Lunatic asylums in Bengal annual reports 1888-1898 - 1888-1898
Year: 1888
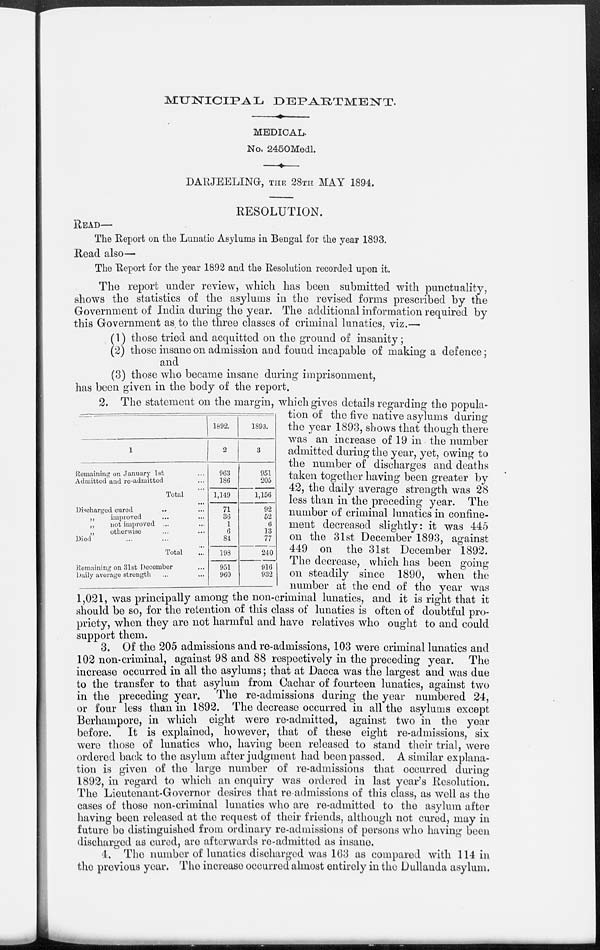
MUNICIPAL DEPARTMENT.
MEDICAL.
No. 2450Medl.
DARJEELING, THE 28TH MAY 1894.
RESOLUTION.
READ—
The Report on the Lunatic Asylums in Bengal for the year 1893.
Read also—
The Report for the year 1892 and the Resolution recorded upon it.
The report under review, which has been submitted with punctuality,
shows the statistics of the asylums in the revised forms prescribed by the
Government of India during the year. The additional information required by
this Government as to the three classes of criminal lunatics, viz.—
(1) those tried and acquitted on the ground of insanity;
(2) those insane on admission and found incapable of making a defence;
and
(3) those who became insane during imprisonment,
has been given in the body of the report.
1
Remaining on January 1st ...
Admitted and re-admitted ...
Total ...
Discharged cured ... ...
„
improved ... ...
„
not improved ... ...
„
otherwise ... ...
Died ... ... ...
Total ...
Remaining on 31st December ...
Daily average strength ... ...
1892.
2
963
186
1,149
71
36
1
6
84
198
951
960
1893.
3
951
205
1,156
92
52
6
13
77
240
916
932
2. The statement on the margin, which gives details regarding the popula-
tion of the five native asylums during
the year 1893, shows that though there
was an increase of 19 in the number
admitted during the year, yet, owing to
the number of discharges and deaths
taken together having been greater by
42, the daily average strength was 28
less than in the preceding year. The
number of criminal lunatics in confine¬
ment decreased slightly: it was 445
on the 31st December 1893, against
449 on the 31st December 1892.
The decrease, which has been going
on steadily since 1890, when the
number at the end of the year was
1,021, was principally among the non-criminal lunatics, and it is right that it
should be so, for the retention of this class of lunatics is often of doubtful pro-
priety, when they are not harmful and have relatives who ought to and could
support them.
3. Of the 205 admissions and re-admissions, 103 were criminal lunatics and
102 non-criminal, against 98 and 88 respectively in the preceding year. The
increase occurred in all the asylums; that at Dacca was the largest and was due
to the transfer to that asylum from Cachar of fourteen lunatics, against two
in the preceding year.
The re-admissions during the year numbered 24,
or four less than in 1892. The decrease occurred in all the asylums except
Berhampore, in which eight were re-admitted, against two in the year
before.
It is explained, however, that of these eight re-admissions, six
were those of lunatics who, having been released to stand their trial, were
ordered back to the asylum after judgment had been passed. A similar explana-
tion is given of the large number of re-admissions that occurred during
1892, in regard to which an enquiry was ordered in last year's Resolution.
The Lieutenant-Governor desires that re admissions of this class, as well as the
cases of those non-criminal lunatics who are re-admitted to the asylum after
having been released at the request of their friends, although not cured, may in
future be distinguished from ordinary re-admissions of persons who having been
discharged as cured, are afterwards re-admitted as insane.
4. The number of lunatics discharged was 163 as compared with 114 in
the previous year. The increase occurred almost entirely in the Dullunda asylum.